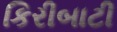
કિરીબાટી